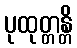
ပုထုတ္တန္တိ